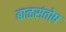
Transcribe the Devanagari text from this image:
बाळसंतोष